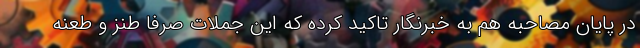
در پایان مصاحبه هم به خبرنگار تاکید کرده که این جملات صرفا طنز و طعنه